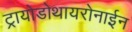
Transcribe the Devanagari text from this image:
ट्रायोडोथायरोनाईन